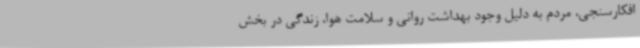
افکارسنجی، مردم به دلیل وجود بهداشت روانی و سلامت هوا، زندگی در بخش